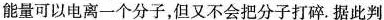
能量可以电离一个分子，但又不会把分子打碎.据此判